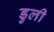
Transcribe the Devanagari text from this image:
डुली